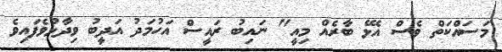
މަސައްކަތް ވެސް އެޅޭ ބާރެއް މިއީ" ނައިބު ރައީސް އަހުމަދު އަދީބު ވިދާޅުވެފައިވެ